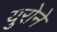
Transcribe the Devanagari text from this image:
युरोने